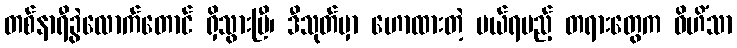
တစ်နာရီခွဲလောက်တောင် ရှိသွားပြီ၊ ဒီသုတ်မှာ ဟောထားတဲ့ ပယ်ရမည့် တရားတွေက ဝိဟိံသာ